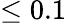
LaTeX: \leq 0.1